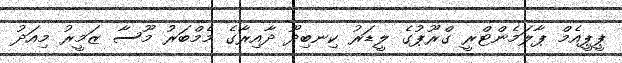
ޕީޕީއެމް ޕާލަމެންޓްރީ ގްރޫޕުގެ ލީޑަރު ކިނބިދޫ ދާއިރާގެ މެމްބަރު މޫސާ ޒަމީރު މިއަދު